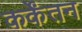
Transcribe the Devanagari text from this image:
कर्केंतन